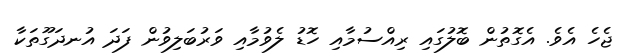
ޖެހެ އެވެ. އެގޮތުން ބޮލުގައި ރިއްސުމާއި ހޮޑު ލެވުމާއި ވަރުބަލިވުން ފަދަ އުނދަގޫތަކާ